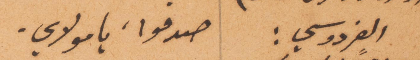
الفردوسي: صدقوا يا مولاي.